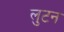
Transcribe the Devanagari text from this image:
लुटन